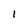
Character: 1